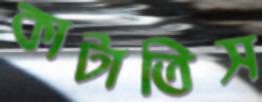
কাটাতিস